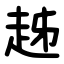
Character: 趀